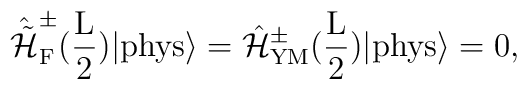
\hat{\tilde{\cal H}}_{\rm F}^{\pm}(\frac{\rm L}{2}) |{\rm phys}\rangle = \hat{\cal H}_{\rm YM}^{\pm}(\frac{\rm L}{2})|{\rm phys} \rangle =0 ,